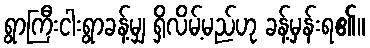
ရွာကြီးငါးရွာခန့်မျှ ရှိလိမ့်မည်ဟု ခန့်မှန်းရ၏။